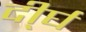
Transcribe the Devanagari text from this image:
दी्र्घ